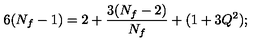
6 ( N _ { f } - 1 ) = 2 + { \frac { 3 ( N _ { f } - 2 ) } { N _ { f } } } + ( 1 + 3 Q ^ { 2 } ) ;